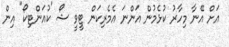
އަށް އޭނާ މިހާރު ކުޅެމުން އަންނަ އެމެރިކަން ޓީވީ ޝޯ 'ކުއަންޓިކޯ" އިން